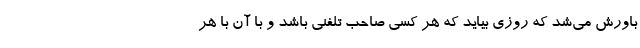
باورش می‌شد که روزی بیاید که هر کسی صاحب تلفنی باشد و با آن با هر